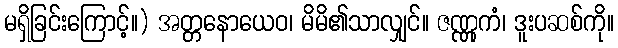
မရှိခြင်းကြောင့်။) အတ္တနောယေဝ၊ မိမိ၏သာလျှင်။ ဇဏ္ဏုကံ၊ ဒူးပဆစ်ကို။